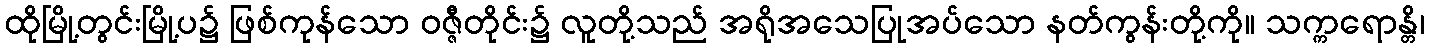
ထိုမြို့တွင်းမြို့ပ၌ ဖြစ်ကုန်သော ဝဇ္ဇီတိုင်း၌ လူတို့သည် အရိုအသေပြုအပ်သော နတ်ကွန်းတို့ကို။ သက္ကရောန္တိ၊